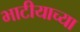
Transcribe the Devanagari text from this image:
भाटीयाच्या